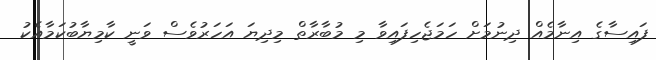
ފައިސާގެ އިނާމެއް ދިނުމަށް ހަމަޖެހިފައިވާ މި މުބާރާތް މިދިޔަ އަހަރުވެސް ވަނީ ކާމިޔާބުކަމާއެކު